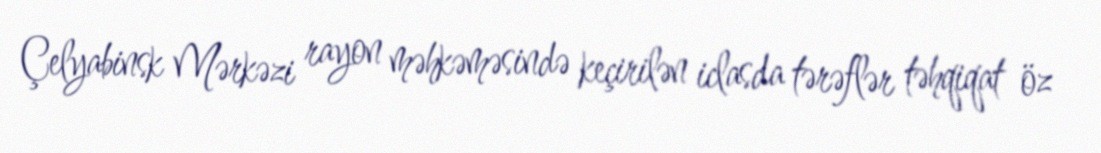
Çelyabinsk Mərkəzi rayon məhkəməsində keçirilən iclasda tərəflər təhqiqat öz